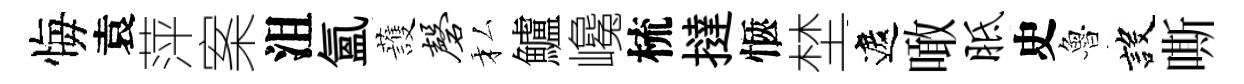
悔袁萍案沮氳䕶磬私鱸巉梳撻愜埜遮噉胝史魯設嘶